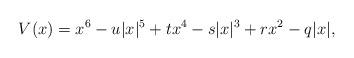
LaTeX: \begin{align*} V(x) = x^6 - u |x|^5 + t x^4 - s |x|^3 + r x^2 - q |x|, \end{align*}